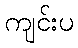
ကျင်းပ